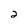
Character: 2